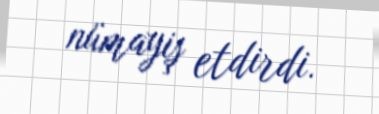
nümayiş etdirdi.